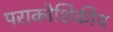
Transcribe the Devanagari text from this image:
पराकोशिकीय